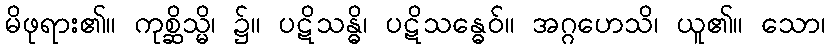
မိဖုရား၏။ ကုစ္ဆိသ္မိ၊ ၌။ ပဋိသန္ဓိ၊ ပဋိသန္ဓေဝ်။ အဂ္ဂဟေသိ၊ ယူ၏။ သော၊